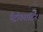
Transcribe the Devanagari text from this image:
पेट्रोवरादिन